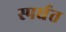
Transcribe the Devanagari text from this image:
स्पर्धत